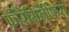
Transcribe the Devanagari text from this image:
फ़ोरैमिनीफेरा